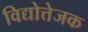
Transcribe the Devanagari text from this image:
विद्योत्तेजक